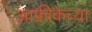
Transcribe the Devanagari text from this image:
आफ्रीकेच्या